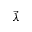
\vec { \lambda }